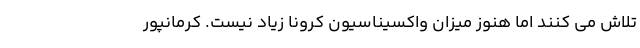
تلاش می کنند اما هنوز میزان واکسیناسیون کرونا زیاد نیست. کرمانپور